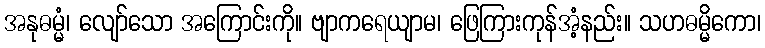
အနုဓမ္မံ၊ လျော်သော အကြောင်းကို။ ဗျာကရေယျာမ၊ ဖြေကြားကုန်အံ့နည်း။ သဟဓမ္မိကော၊